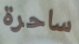
ساحرة